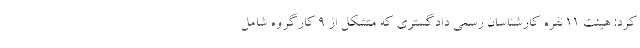
کرد: هیئت 11 نفره کارشناسان رسمی دادگستری که متشکل از 9 کارگروه شامل